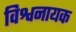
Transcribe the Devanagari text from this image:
विश्वनायक